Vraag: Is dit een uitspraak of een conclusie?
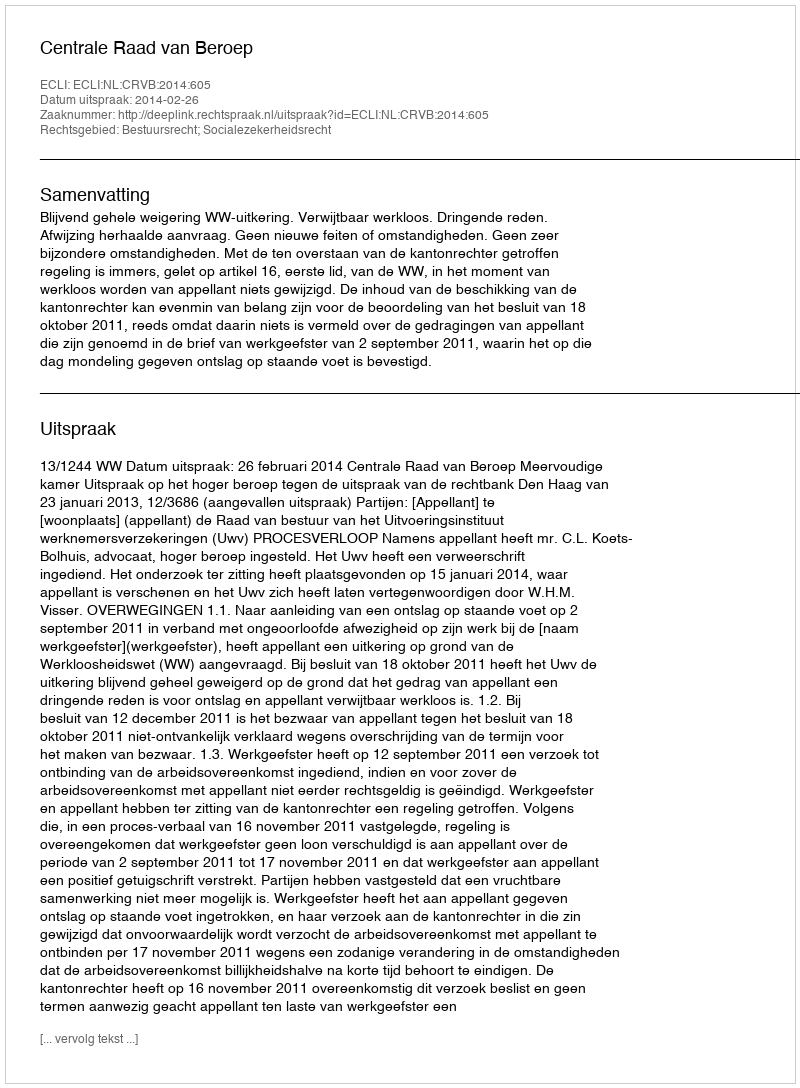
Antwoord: Uitspraak